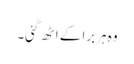
وہ ہربرا کے اٹھ گئی۔